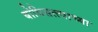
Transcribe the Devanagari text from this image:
बोधिसत्त्वाच्या